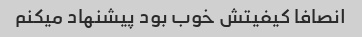
انصافا کیفیتش خوب بود پیشنهاد میکنم